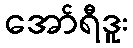
အော်ရီဒူး